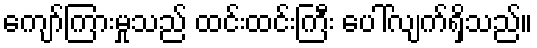
ကျော်ကြားမှုသည် ထင်းထင်းကြီး ပေါ်လျက်ရှိသည်။